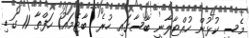
މެސީ ކުޅުން ހުއްޓާލާނީ ބާސާގައި ހުރެ  ބާޓެމައު1 ހަފްތާ 11 ގަޑި